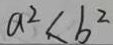
a ^ { 2 } < b ^ { 2 }